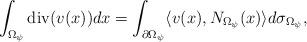
LaTeX: \begin{align*}\int_{\Omega_\psi} \mathrm{div}( v(x)) dx = \int_{\partial \Omega_\psi}\langle v(x), N_{\Omega_\psi}(x)\rangle d\sigma_{\Omega_\psi},\end{align*}